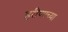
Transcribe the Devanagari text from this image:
हरीणाच्या